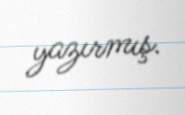
yazırmış.